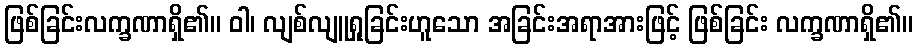
ဖြစ်ခြင်းလက္ခဏာရှိ၏။ ဝါ၊ လျစ်လျူရှုခြင်းဟူသော အခြင်းအရာအားဖြင့် ဖြစ်ခြင်း လက္ခဏာရှိ၏။